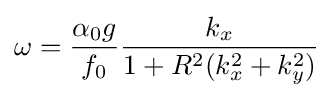
\omega ={\alpha _{0}g \over f_{0}}{k_{x} \over 1+R^{2}(k_{x}^{2}+k_{y}^{2})}